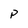
Character: p